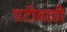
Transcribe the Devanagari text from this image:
एटीबाडी